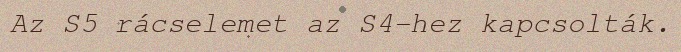
Az S5 rácselemet az S4-hez kapcsolták.